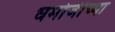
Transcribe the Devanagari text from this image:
धर्मोजींच्या